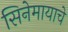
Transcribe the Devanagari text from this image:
सिनेमायाचे